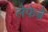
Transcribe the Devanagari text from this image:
लेफेब्रे